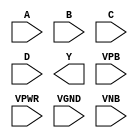
module sky130_fd_sc_ls__nor4 (
    //# {{data|Data Signals}}
    input  A   ,
    input  B   ,
    input  C   ,
    input  D   ,
    output Y   ,

    //# {{power|Power}}
    input  VPB ,
    input  VPWR,
    input  VGND,
    input  VNB
);
endmodule